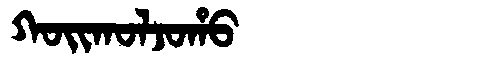
Manchu: ᡴᠣᡳᡴᠣᠯᠵᠣᡥᠣ
Romanization: KOIKOLJOHO